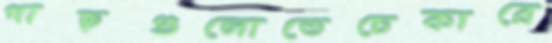
গাছগুলোতেচেকারে